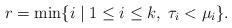
LaTeX: \begin{align*}r=\min\{i\mid 1\leq i\leq k,\;\tau_i<\mu_i\}.\end{align*}